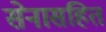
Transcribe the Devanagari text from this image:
सेनासहित